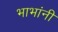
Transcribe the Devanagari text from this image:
भाभांनी